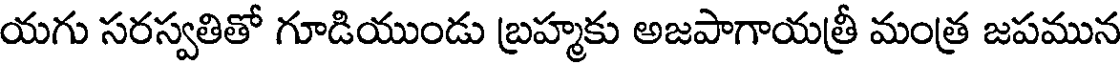
యగు సరస్వతితో గూడియుండు బ్రహ్మకు అజపాగాయత్రీ మంత్ర జపమున